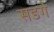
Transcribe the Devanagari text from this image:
सडगे